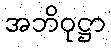
အဘိဝုဋ္ဌာ